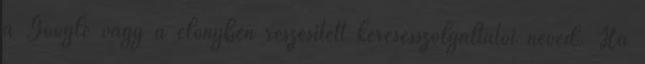
a Google vagy a előnyben részesített keresésszolgáltatói neved. Ha